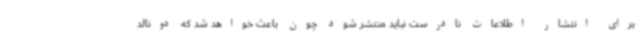
برای انتشار اطلاعات نادرست نباید منتشر شود چون باعث خواهد شد که دونالد